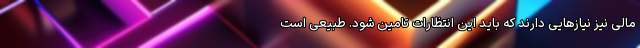
مالی نیز نیازهایی دارند که باید این انتظارات تامین شود. طبیعی است